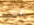
عندما